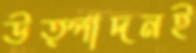
উত্পাদনই